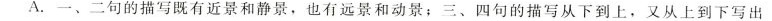
A.一、二句的描写既有近景和静景，也有远景和动景；三、四句的描写从下到上，又从上到下写出